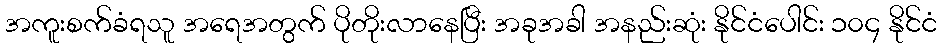
အကူးစက်ခံရသူ အရေအတွက် ပိုတိုးလာနေပြီး အခုအခါ အနည်းဆုံး နိုင်ငံပေါင်း ၁၀၄ နိုင်ငံ